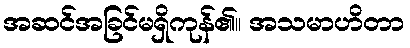
အဆင်အခြင်မရှိကုန်၏။ အသမာဟိတာ